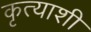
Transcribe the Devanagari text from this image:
कृत्याशी